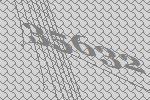
35632